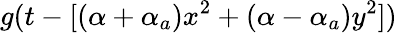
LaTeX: g(t-[(\alpha+\alpha_{a})x^{2}+(\alpha-\alpha_{a})y^{2}])